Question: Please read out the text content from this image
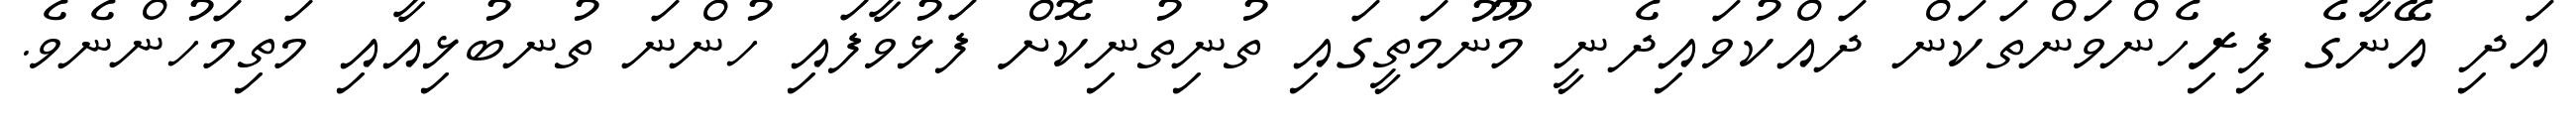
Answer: އަދި އޭނާގެ ފިރިހެންވަންތަކަން ދައްކުވައިދެނީ މޫނުމަތީގައި ތުނިތުނިކޮށް ފަޅުވާފައި ހުންނަ ތުނބުޅިއާއި މަތިމަހުންނެވެ.